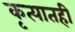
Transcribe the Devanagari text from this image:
कृत्यातही